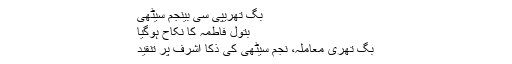
بگ تھریپی سی بینجم سیٹھی
بتول فاطمہ کا نکاح ہوگیا
بگ تھری معاملہ، نجم سیٹھی کی ذکا اشرف پر تنقید